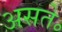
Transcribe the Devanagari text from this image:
असते॰